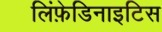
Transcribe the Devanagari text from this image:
लिंफ़ेडिनाइटिस